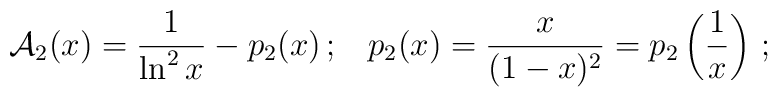
{\cal A}_2(x)=\frac{1}{\ln^2 x}-p_2(x)\, ; \ \ \,p_2(x)=\frac{x}{(1-x)^2}=p_2\left(\frac{1}{x}\right) \, ;